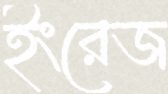
ইংরেজ